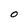
Character: O